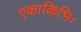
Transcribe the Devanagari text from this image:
एकाकिभिः